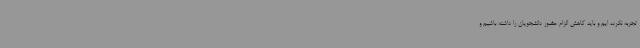
تجربه نکرده ایم و باید کاهش الزام حضور دانشجویان را داشته باشیم و